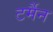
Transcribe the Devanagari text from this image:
टर्मैन